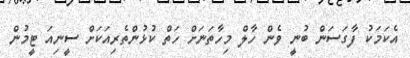
އެކަމަކު ފާގަސަން ބުނީ ވެން ހާލް މިހާތަނަށް ހަތް ކުޅުންތެރިއަކަށް ސީނިއަ ޓީމުން